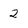
Character: 2